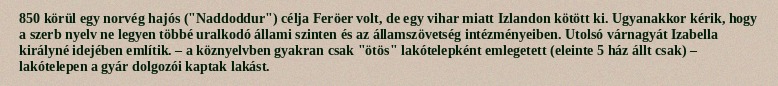
850 körül egy norvég hajós ("Naddoddur") célja Feröer volt, de egy vihar miatt Izlandon kötött ki. Ugyanakkor kérik, hogy a szerb nyelv ne legyen többé uralkodó állami szinten és az államszövetség intézményeiben. Utolsó várnagyát Izabella királyné idejében említik. – a köznyelvben gyakran csak "ötös" lakótelepként emlegetett (eleinte 5 ház állt csak) – lakótelepen a gyár dolgozói kaptak lakást.